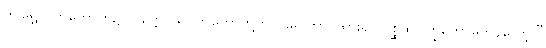
ဤရွှေလက်ကောက်၌။ ပတ္တေ၊ သပိတ်တော်တို့ကို။ ဌပေတွာ၊ ထား၍။ ဂစ္ဆထ၊ ကြွတော်မူကုန်လော့။”